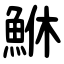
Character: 鮴